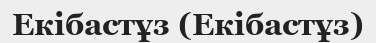
Екібастұз (Екібастұз)